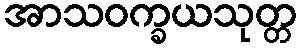
အာသဝက္ခယသုတ္တ